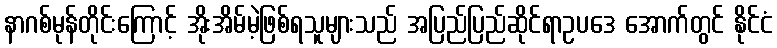
နာဂစ်မုန်တိုင်းကြောင့် အိုးအိမ်မဲ့ဖြစ်ရသူများသည် အပြည်ပြည်ဆိုင်ရာဥပဒေ အောက်တွင် နိုင်ငံ